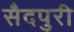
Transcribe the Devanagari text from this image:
सैदपुरी